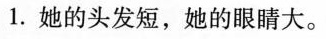
1.她的头发短，她的眼睛大.。